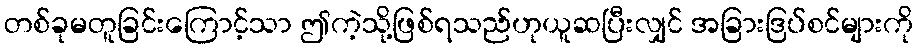
တစ်ခုမတူခြင်းကြောင့်သာ ဤကဲ့သို့ဖြစ်ရသည်ဟုယူဆပြီးလျှင် အခြားဒြပ်စင်များကို